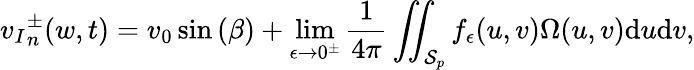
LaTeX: {v_{I}}_{n}^{\pm}(w,t)=v_{0}\sin{(\beta)}+\operatorname*{lim}_{\epsilon\to 0^{\pm}}\frac{1}{4\pi}\iint_{\mathcal{S}_{p}}f_{\epsilon}(u,v)\Omega(u,v)\mathrm{d}u\mathrm{d}v,